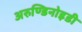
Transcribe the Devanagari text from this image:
अरुण्डिनोइडी